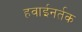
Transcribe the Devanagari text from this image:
हवाईनर्तक